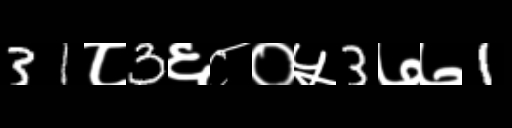
Text: 31८3६८०५3७७1